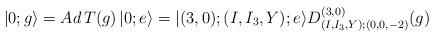
LaTeX: \begin{align*}|0;g\rangle = Ad\,T(g)\,|0;e\rangle=|(3,0);(I,I_3,Y);e\rangle D^{(3,0)}_{(I,I_3,Y);(0,0,-2)}(g)\end{align*}